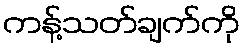
ကန့်သတ်ချက်ကို